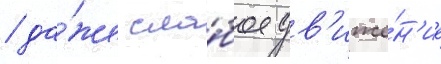
/ да́же сла́бое дв'иже́н'ие